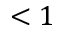
< 1